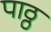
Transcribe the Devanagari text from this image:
पाठ्ठ